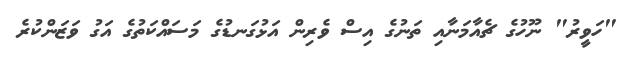
"ހަވީރު" ނޫހުގެ ޗެއާމަނާއި ތަނުގެ އިސް ވެރިން އަޅުގަނޑުގެ މަސައްކަތުގެ އަގު ވަޒަންކުރެ